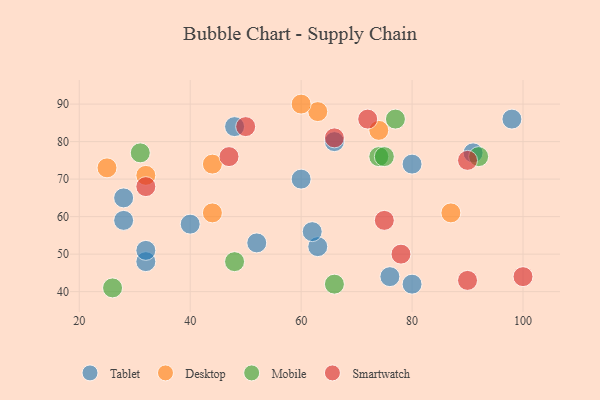
{"axis": {"x": "GDP", "y": "Life Expectancy"}, "legend": ["Desktop", "Mobile", "Smartwatch", "Tablet"], "data": [{"x": "80", "y": 74, "type": "Tablet"}, {"x": "80", "y": 42, "type": "Tablet"}, {"x": "40", "y": 58, "type": "Tablet"}, {"x": "98", "y": 86, "type": "Tablet"}, {"x": "63", "y": 52, "type": "Tablet"}, {"x": "28", "y": 65, "type": "Tablet"}, {"x": "52", "y": 53, "type": "Tablet"}, {"x": "48", "y": 84, "type": "Tablet"}, {"x": "32", "y": 48, "type": "Tablet"}, {"x": "62", "y": 56, "type": "Tablet"}, {"x": "28", "y": 59, "type": "Tablet"}, {"x": "66", "y": 80, "type": "Tablet"}, {"x": "91", "y": 77, "type": "Tablet"}, {"x": "32", "y": 51, "type": "Tablet"}, {"x": "76", "y": 44, "type": "Tablet"}, {"x": "60", "y": 70, "type": "Tablet"}, {"x": "25", "y": 73, "type": "Desktop"}, {"x": "63", "y": 88, "type": "Desktop"}, {"x": "44", "y": 61, "type": "Desktop"}, {"x": "60", "y": 90, "type": "Desktop"}, {"x": "74", "y": 83, "type": "Desktop"}, {"x": "87", "y": 61, "type": "Desktop"}, {"x": "32", "y": 71, "type": "Desktop"}, {"x": "44", "y": 74, "type": "Desktop"}, {"x": "48", "y": 48, "type": "Mobile"}, {"x": "92", "y": 76, "type": "Mobile"}, {"x": "66", "y": 42, "type": "Mobile"}, {"x": "74", "y": 76, "type": "Mobile"}, {"x": "31", "y": 77, "type": "Mobile"}, {"x": "77", "y": 86, "type": "Mobile"}, {"x": "75", "y": 76, "type": "Mobile"}, {"x": "26", "y": 41, "type": "Mobile"}, {"x": "66", "y": 81, "type": "Smartwatch"}, {"x": "47", "y": 76, "type": "Smartwatch"}, {"x": "50", "y": 84, "type": "Smartwatch"}, {"x": "90", "y": 43, "type": "Smartwatch"}, {"x": "90", "y": 75, "type": "Smartwatch"}, {"x": "78", "y": 50, "type": "Smartwatch"}, {"x": "75", "y": 59, "type": "Smartwatch"}, {"x": "32", "y": 68, "type": "Smartwatch"}, {"x": "72", "y": 86, "type": "Smartwatch"}, {"x": "100", "y": 44, "type": "Smartwatch"}]}